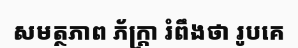
សមត្ថភាព ភ័ក្ត្រា រំពឹងថា រូបគេ